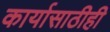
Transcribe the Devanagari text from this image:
कार्यासाठीही